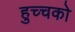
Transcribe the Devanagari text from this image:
हुच्चको